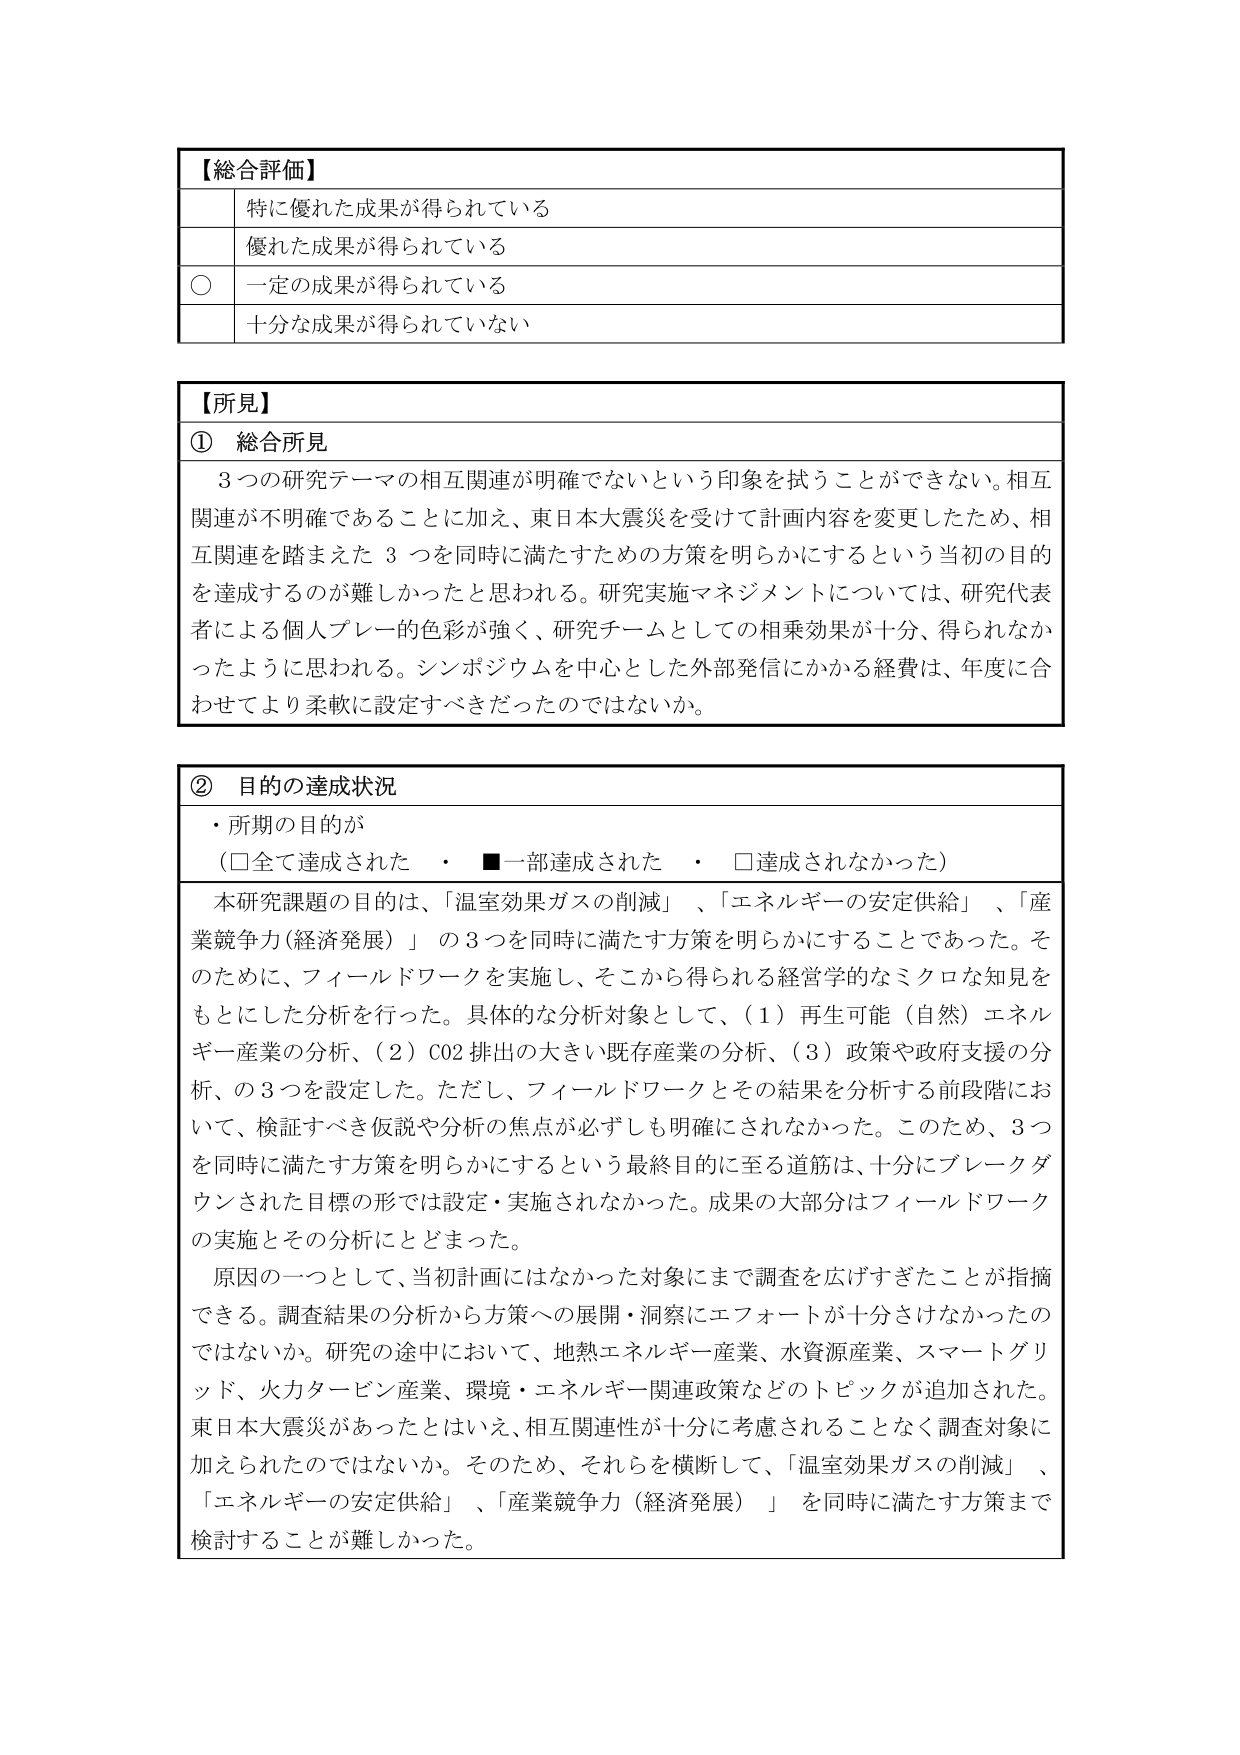
【総合評価】
特に優れた成果が得られている
優れた成果が得られている
○ 一定の成果が得られている
十分な成果が得られていない

【所見】
① 総合所見
3つの研究テーマの相互関連が明確でないという印象を拭うことができない。相互関連が不明确であること加え、東日本大震災を受けて計画内容を変更したため、相互関連を踏まえた3つを同時に満たすための方策を明らかにするという当初の目的を達成するのが難しかったと思われる。研究実施マネジメントについては、研究代表者による個人プレー的色彩が強く、研究チームとしての相乗効果が十分、得られなかったように思われる。シンポジウムを中心とした外部発信にかかる経費は、年度に合わせてより柔軟に設定すべきだったのではないか。

② 目的の達成状況
・所期の目的が
（□全て達成された　・　■一部達成された　・　□達成されなかった）
本研究課題の目的は、「温室効果ガスの削減」、「エネルギーの安定供給」、「産業競争力（経済発展）」の3つを同時に満たす方策を明らかにすることであった。そのため、フィールドワークを実施し、そこから得られる経営学的なミクロな知見をもとにした分析を行った。具体的な分析対象として、（1）再生可能（自然）エネルギー産業の分析、（2）CO2排出の大きい既存産業の分析、（3）政策や政府支援の分析、の3つを設定した。ただし、フィールドワークとその結果を分析する前段階において、検証すべき仮説や分析の焦点が必ずしも明確にされなかった。このため、3つを同時に満たす方策を明らかにするという最終目的に至る道筋は、十分にブレークダウンされた目標の形では設定・実施されなかった。成果の大部分はフィールドワークの実施とその分析にとどまった。
原因の一つとして、当初計画にはなかった対象にまで調査を広げすぎたことが指摘できる。調査結果の分析から方策への展開・洞察にエフォートが十分さけなかったのではないか。研究の途中において、地熱エネルギー産業、水資源産業、スマートグリッド、火力タービン産業、環境・エネルギー関連政策などのトピックが追加された。東日本大震災があったとはいえ、相互関連性が十分に考慮されることなく調査対象に加えられたのではないか。そのため、それらを横断して、「温室効果ガスの削減」、「エネルギーの安定供給」、「産業競争力（経済発展）」を同時に満たす方策まで検討することが難しかった。